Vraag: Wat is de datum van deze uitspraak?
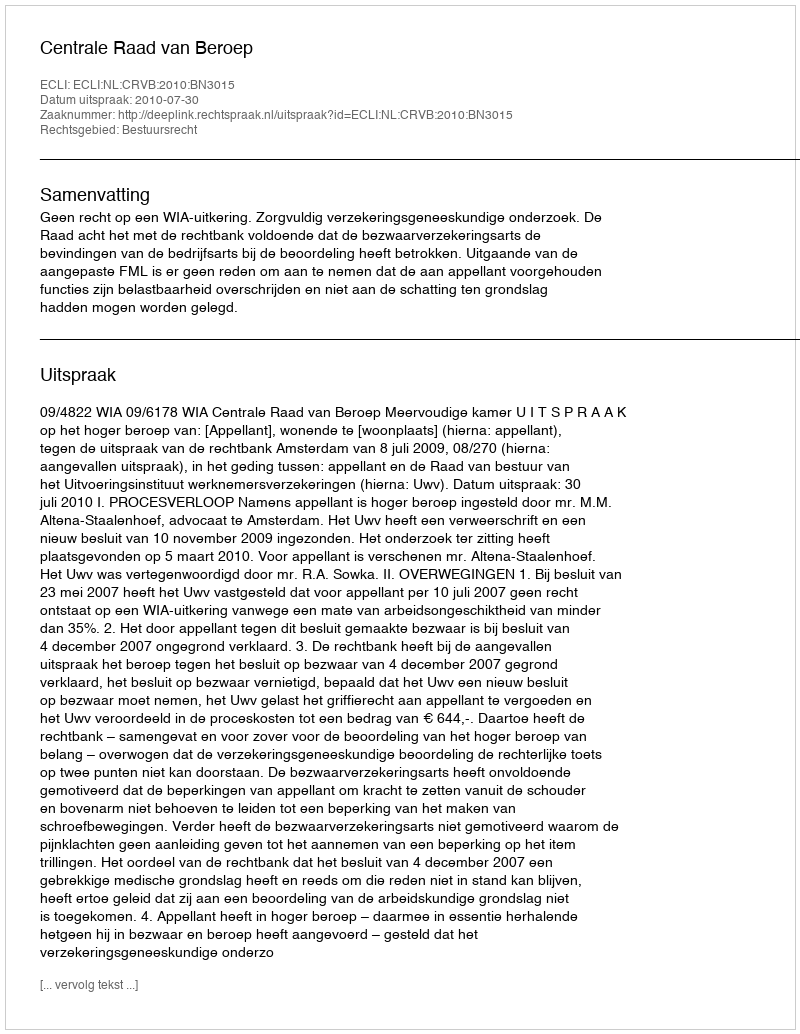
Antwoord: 2010-07-30